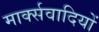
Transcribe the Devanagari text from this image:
मार्क्सवादियों